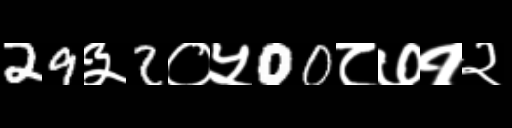
Text: 29३2०५00८७१२